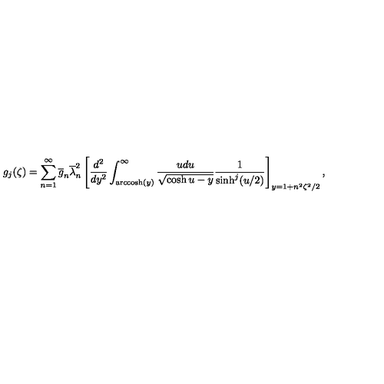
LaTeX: g _ { j } ( \zeta ) = \sum _ { n = 1 } ^ { \infty } \overline { { g } } _ { n } \overline { { \lambda } } _ { n } ^ { 2 } \left[ \frac { d ^ { 2 } } { d y ^ { 2 } } \int _ { \mathrm { a r c c o s h } ( \large { y } ) } ^ { \infty } \frac { u d u } { \sqrt { \cosh u - y } } \frac { 1 } { \sinh ^ { j } ( u / 2 ) } \right] _ { y = 1 + n ^ { 2 } \zeta ^ { 2 } / 2 } ,